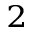
_ 2